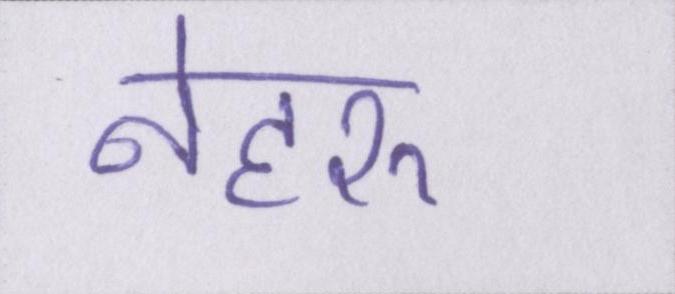
नेहरू